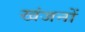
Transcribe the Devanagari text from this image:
खंजनों